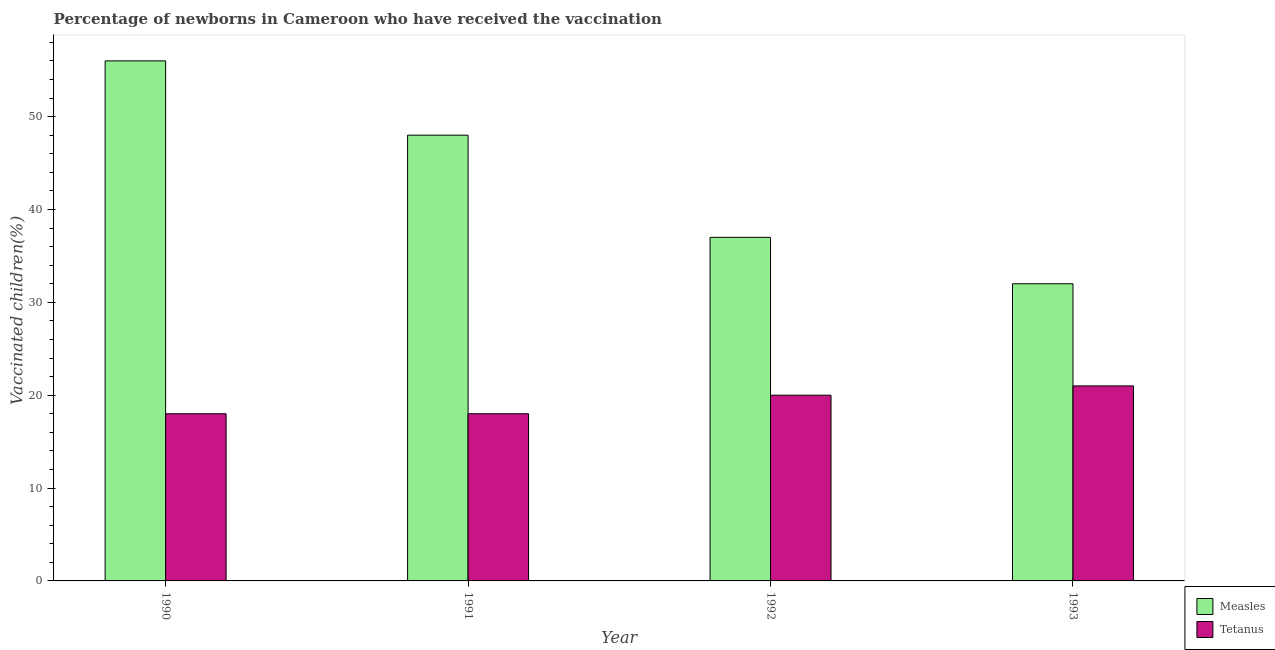
| Year | Measles | Tetanus |
 | --- | --- | --- |
 | 1990 | 56 | 18 |
 | 1991 | 48 | 18 |
 | 1992 | 37 | 20 |
 | 1993 | 32 | 21 |